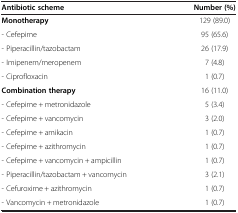
<table><thead><tr><td><b>Antibiotic scheme</b></td><td><b>Number (%)</b></td></tr></thead><tbody><tr><td><b>Monotherapy</b></td><td>129 (89.0)</td></tr><tr><td>- Cefepime</td><td>95 (65.6)</td></tr><tr><td>- Piperacillin/tazobactam</td><td>26 (17.9)</td></tr><tr><td>- Imipenem/meropenem</td><td>7 (4.8)</td></tr><tr><td>- Ciprofloxacin</td><td>1 (0.7)</td></tr><tr><td><b>Combination therapy</b></td><td>16 (11.0)</td></tr><tr><td>- Cefepime + metronidazole</td><td>5 (3.4)</td></tr><tr><td>- Cefepime + vancomycin</td><td>3 (2.0)</td></tr><tr><td>- Cefepime + amikacin</td><td>1 (0.7)</td></tr><tr><td>- Cefepime + azithromycin</td><td>1 (0.7)</td></tr><tr><td>- Cefepime + vancomycin + ampicillin</td><td>1 (0.7)</td></tr><tr><td>- Piperacillin/tazobactam + vancomycin</td><td>3 (2.1)</td></tr><tr><td>- Cefuroxime + azithromycin</td><td>1 (0.7)</td></tr><tr><td>- Vancomycin + metronidazole</td><td>1 (0.7)</td></tr></tbody></table>